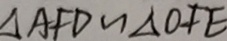
\Delta A F D \sim \Delta O F E